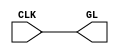
//////////////////////////////////////////////////////////////////////
////                                                              ////
////  SMII                                                        ////
////                                                              ////
////  Description                                                 ////
////  Low pin count serial MII ethernet interface                 ////
////                                                              ////
////  To Do:                                                      ////
////   -                                                          ////
////                                                              ////
////  Author(s):                                                  ////
////      - Michael Unneback, unneback@opencores.org              ////
////        ORSoC AB          michael.unneback@orsoc.se           ////
////                                                              ////
//////////////////////////////////////////////////////////////////////
////                                                              ////
//// Copyright (C) 2009 Authors and OPENCORES.ORG                 ////
////                                                              ////
//// This source file may be used and distributed without         ////
//// restriction provided that this copyright statement is not    ////
//// removed from the file and that any derivative work contains  ////
//// the original copyright notice and the associated disclaimer. ////
////                                                              ////
//// This source file is free software; you can redistribute it   ////
//// and/or modify it under the terms of the GNU Lesser General   ////
//// Public License as published by the Free Software Foundation; ////
//// either version 2.1 of the License, or (at your option) any   ////
//// later version.                                               ////
////                                                              ////
//// This source is distributed in the hope that it will be       ////
//// useful, but WITHOUT ANY WARRANTY; without even the implied   ////
//// warranty of MERCHANTABILITY or FITNESS FOR A PARTICULAR      ////
//// PURPOSE.  See the GNU Lesser General Public License for more ////
//// details.                                                     ////
////                                                              ////
//// You should have received a copy of the GNU Lesser General    ////
//// Public License along with this source; if not, download it   ////
//// from http://www.opencores.org/lgpl.shtml                     ////
////                                                              ////
//////////////////////////////////////////////////////////////////////
`timescale 1 ns/100 ps
module gbuf
  (
    output GL,
    input  CLK
   );   

  assign GL = CLK;
    
endmodule